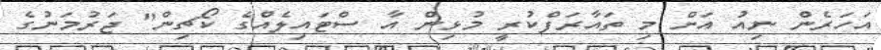
އަހަރެން ނިއު އަށް މި ތައާރަފްކުރީ މުޅިން އާ ސްޓައިލެއްގެ ކޯޗިން" ޖަރުމަނުގެ